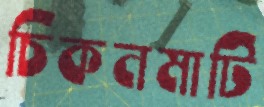
চিকনমাটি